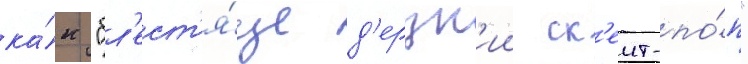
ка́к "бл'ест'я́ще д'ерзк'ии ск'еит-по́п"